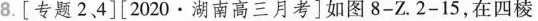
8.[专题2，4][2020·湖南高三月考]如图8-Z.2-15，在四棱